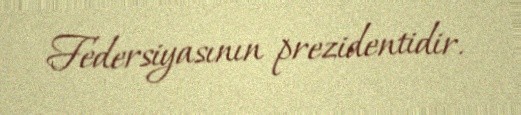
Federsiyasının prezidentidir.